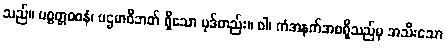
သည်။ ပစ္စတ္တဝစနံ၊ ပဌမာဝိဘတ် ရှိသော ပုဒ်တည်း။ ဝါ၊ ကံအနက်အစရှိသည်မှ အသီးသော